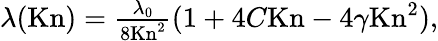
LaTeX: \begin{array}{r}{\lambda(\textrm{Kn})=\frac{\lambda_{0}}{8\textrm{Kn}^{2}}(1+4C\textrm{Kn}-4\gamma\textrm{Kn}^{2}),}\end{array}